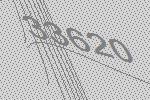
33620